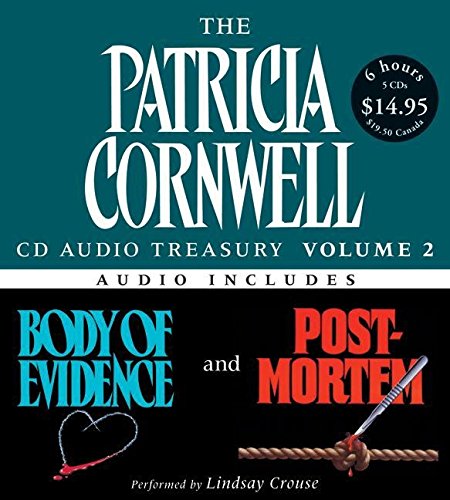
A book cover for Patricia Cornwell CD Audio Treasury Volume Two Low Price: Includes Body of Evidence and Post Mortem (Kay Scarpetta Series); Patricia Cornwell; Mystery, Thriller & Suspense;